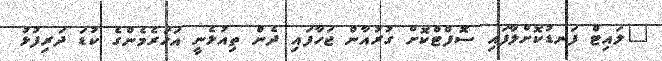
"ލައިޓް ފަނޑުކޮށްލާފައި ސޮފްޓްކޮށް ގުރުއާން ޖަހާފައި ދެން ތިއުޅެނީ އަހަރެމެންގެ ކުޑަ ދަރިފުޅު